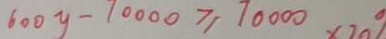
6 0 0 y - 1 0 0 0 0 \geq 1 0 0 0 0